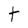
Character: t